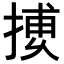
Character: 𢱿